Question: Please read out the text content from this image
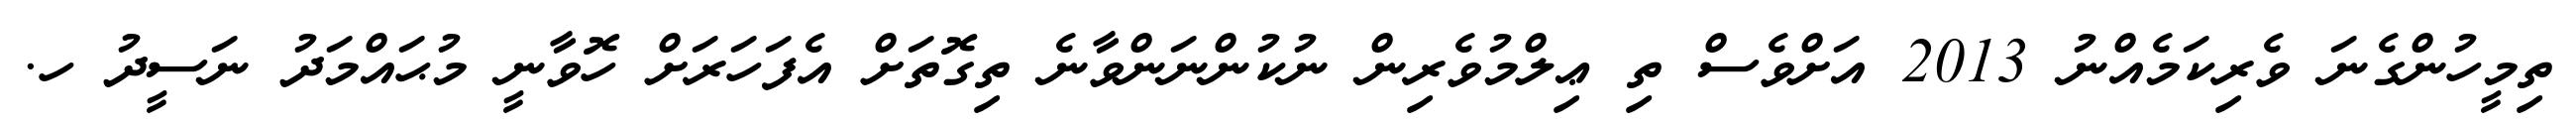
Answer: ތިމީހުންގެނަ ވެރިކަމެއްނު 2013 އަށްވެސް ތި ޢިލްމުވެރިން ނުކުންނަންވާނެ ތިގޮތަށް އެފަހަރަށް ހޮވާނީ މުޙައްމަދު ނަސީދު ހ.